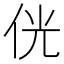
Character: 侊